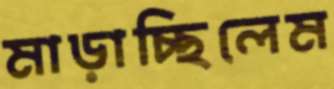
মাড়াচ্ছিলেম